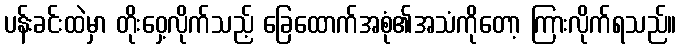
ပန်းခင်းထဲမှာ တိုးဝှေ့လိုက်သည့် ခြေထောက်အစုံ၏အသံကိုတော့ ကြားလိုက်ရသည်။